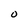
Character: O